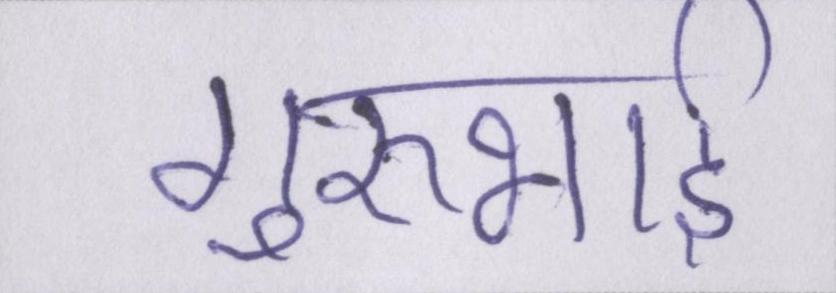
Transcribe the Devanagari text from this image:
गुरुभाई